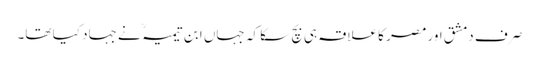
صرف دمشق اور مصر کا علاقہ ہی بچ سکا کہ جہاں ابن تیمیہ ؒ نے جہاد کیا تھا۔